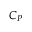
C _ { P }